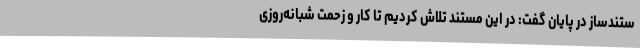
ستندساز در پایان گفت: در این مستند تلاش کردیم تا کار و زحمت شبانه‌روزی